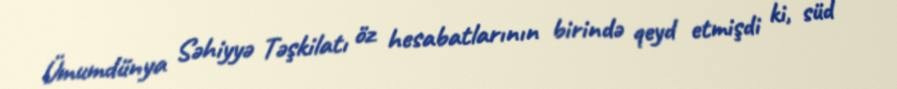
Ümumdünya Səhiyyə Təşkilatı öz hesabatlarının birində qeyd etmişdi ki, süd